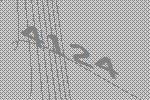
4124